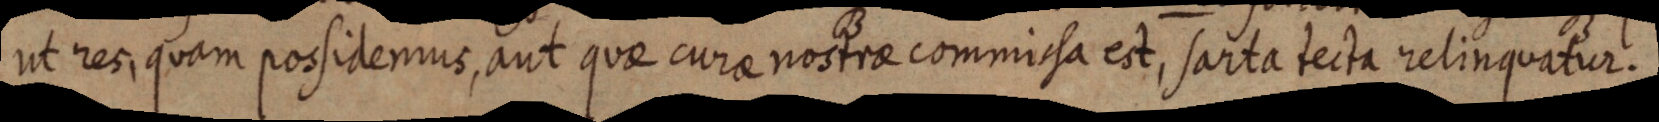
ut res, quam possidemus, aut quae curae nostrae commissa est, sarta tecta relinquatur.